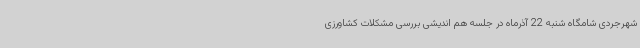
شهرجردی شامگاه شنبه 22 آذرماه در جلسه هم اندیشی بررسی مشکلات کشاورزی